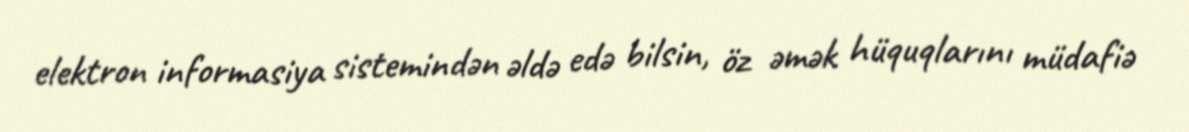
elektron informasiya sistemindən əldə edə bilsin, öz əmək hüquqlarını müdafiə